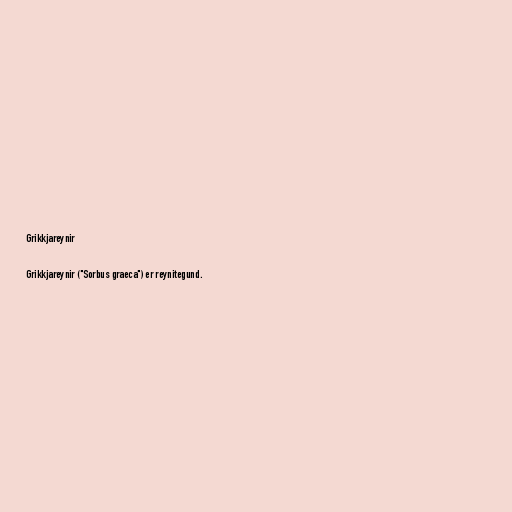
Grikkjareynir

Grikkjareynir ("Sorbus graeca") er reynitegund.